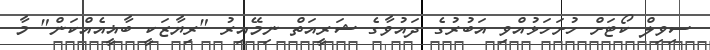
ސިވިލް ކޯޓަށް ހުށަހަޅުއްވި އަބުރުގެ ދައުވާގެ ޝަރީއަތް ނިމޭއިރު "ރިޔާޒަކީ ބާޣީއެއްކަން" މާ